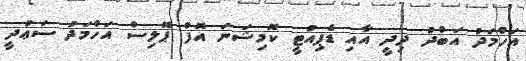
އަހްމަދު އަބްދު ދިދީ އާއި ޑެޕިއުޓީ ކޮމިޝަނަ އޮފް ޕޮލިސް އަހްމަދު ސަޢުދީ